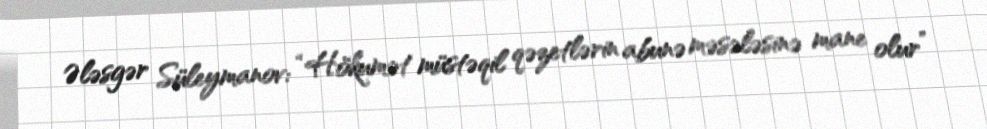
Ələsgər Süleymanov: “Hökumət müstəqil qəzetlərin abunə məsələsinə mane olur”